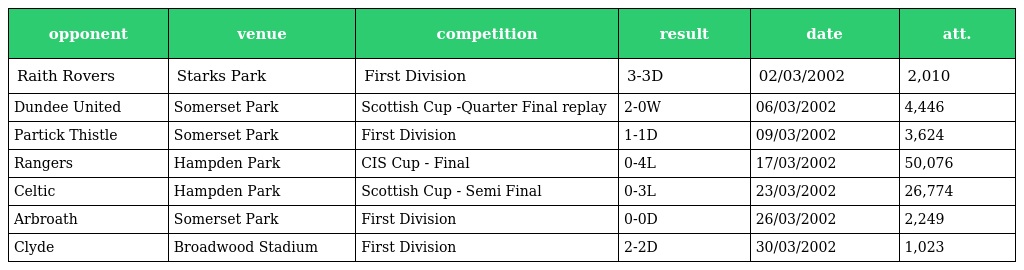
| opponent | venue | competition | result | date | att. |
 | --- | --- | --- | --- | --- | --- |
 | Raith Rovers | Starks Park | First Division | 3-3D | 02/03/2002 | 2,010 |
 | Dundee United | Somerset Park | Scottish Cup -Quarter Final replay | 2-0W | 06/03/2002 | 4,446 |
 | Partick Thistle | Somerset Park | First Division | 1-1D | 09/03/2002 | 3,624 |
 | Rangers | Hampden Park | CIS Cup - Final | 0-4L | 17/03/2002 | 50,076 |
 | Celtic | Hampden Park | Scottish Cup - Semi Final | 0-3L | 23/03/2002 | 26,774 |
 | Arbroath | Somerset Park | First Division | 0-0D | 26/03/2002 | 2,249 |
 | Clyde | Broadwood Stadium | First Division | 2-2D | 30/03/2002 | 1,023 |